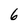
Character: 6